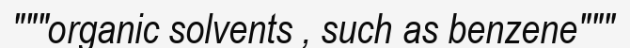
"""organic solvents , such as benzene"""